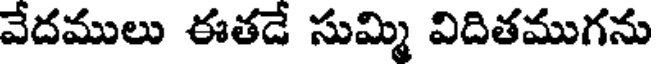
వేదములు ఈతడే సుమ్మి విదితముగను